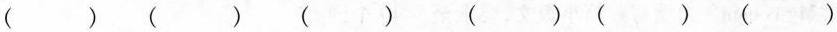
()()()()()()